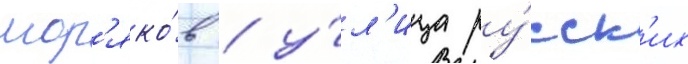
мор'яко́в / у́л'ица ру́сск'их